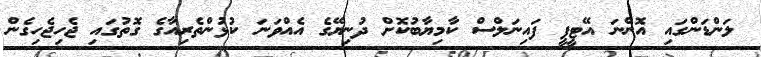
ލަންޑަންގައި އޮންނަ އޭޓީޕީ ފައިނަލްސް ކާމިޔާބުކޮށް ދުނިޔޭގެ އެއްވަނަ ކުޅުންތެރިއާގެ ގޮތުގައި ޖެހިޖެހިގެން